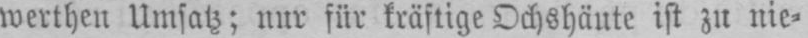
werthen Umsatz; nur für kräftige Ochshäute ist zu nie⸗